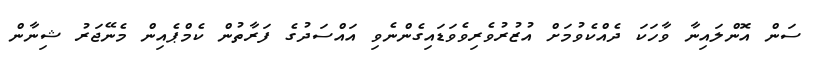
ސަން އޮންލައިނާ ވާހަކަ ދެއްކެވުމަށް އުޒުރުވެރިވެވަޑައިގެންނެވި އައްސަދުގެ ފަރާތުން ކެމްޕެއިން މެނޭޖަރު ޝިނާން